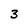
Character: 3